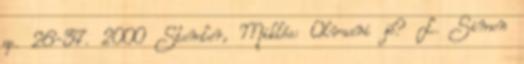
pp. 26-37. 2000 Stemler, Miklós: Olvasni jó? L. Simon